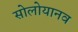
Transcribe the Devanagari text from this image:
सोलोयानव